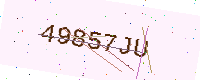
Text: 49857JU